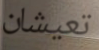
تعيشان